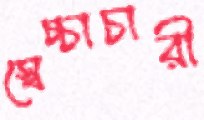
স্বেচ্চাচারী